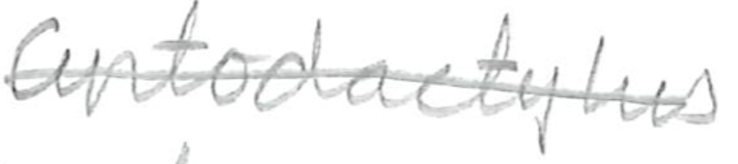
Text: Cyrtodactylus
Cross-out: single-line
Writing tool: pencil